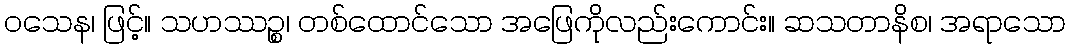
ဝသေန၊ ဖြင့်။ သဟဿဉ္စ၊ တစ်ထောင်သော အဖြေကိုလည်းကောင်း။ ဆသတာနိစ၊ အရာသော